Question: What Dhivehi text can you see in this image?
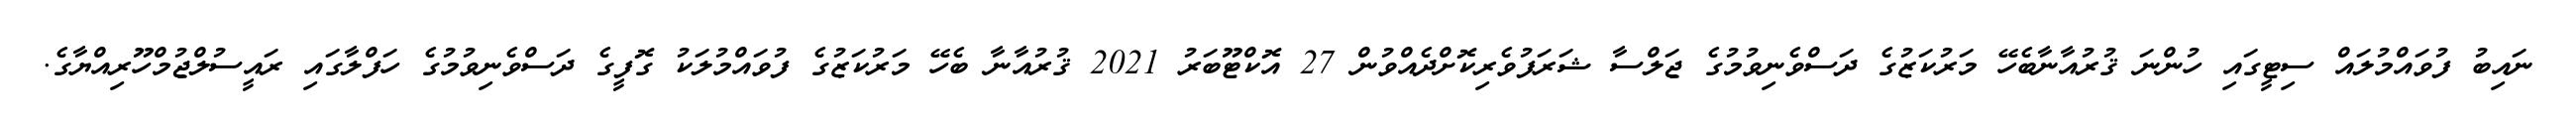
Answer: ނައިބު ފުވައްމުލައް ސިޓީގައި ހުންނަ ޤުރުއާނާބެހޭ މަރުކަޒުގެ ދަސްވެނިވުމުގެ ޖަލްސާ ޝަރަފުވެރިކޮށްދެއްވުން 27 އޮކްޓޫބަރު 2021 ޤުރުއާނާ ބެހޭ މަރުކަޒުގެ ފުވައްމުލަކު ގޮފީގެ ދަސްވެނިވުމުގެ ހަފްލާގައި ރައީސުލްޖުމްހޫރިއްޔާގެ.